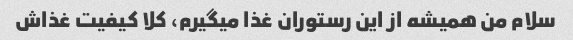
سلام من همیشه از این رستوران غذا میگیرم، کلا کیفیت غذاش